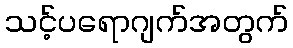
သင့်ပရောဂျက်အတွက်